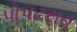
પોપટરાવ